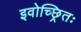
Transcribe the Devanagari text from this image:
इवोच्छ्रितः